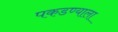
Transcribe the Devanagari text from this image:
पकडण्याला